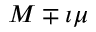
M \mp \imath \mu